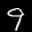
Label: 9